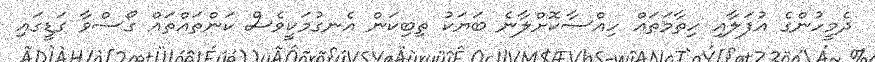
ދެމީހުންގެ އުފަލާއި ހިތާމަތައް ހިއްސާކޮށްލާނެ ބަޔަކު ތިބިކަން އެނގުމަކީވެސް ކަންތައްތައް ގޯސްވާ ގަޑީގައި